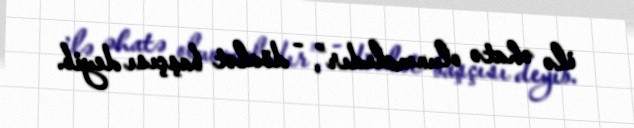
ilə əhatə olunmalıdır”, - dövlət başçısı deyib.